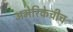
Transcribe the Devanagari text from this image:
अमेरिकेचीच